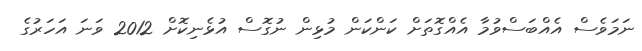
ނަމަވެސް އެއްބަސްވުމާ އެއްގޮތަށް ކަންކަން މުޅިން ނުގޮސް އުޅެނިކޮށް 2012 ވަނަ އަހަރުގެ